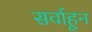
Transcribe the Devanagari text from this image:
सर्वाहून